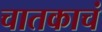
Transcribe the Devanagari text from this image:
चातकाचं